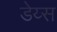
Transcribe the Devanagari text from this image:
डेय्स